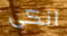
انكى